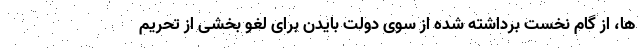
ها، از گام نخست برداشته شده از سوی دولت بایدن برای لغو بخشی از تحریم